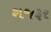
શજરૂર